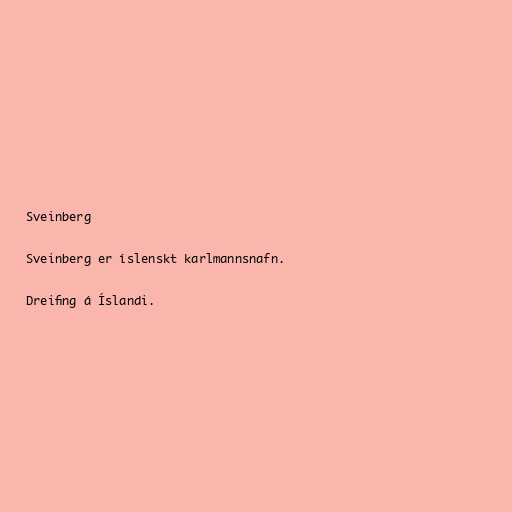
Sveinberg

Sveinberg er íslenskt karlmannsnafn.

Dreifing á Íslandi.